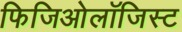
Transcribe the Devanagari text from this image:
फिजिओलॉजिस्ट